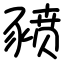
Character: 豮